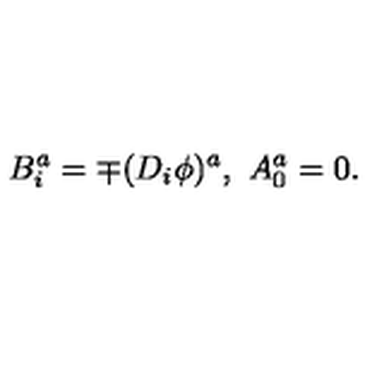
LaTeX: B _ { i } ^ { a } = \mp ( D _ { i } \phi ) ^ { a } , \ A _ { 0 } ^ { a } = 0 .